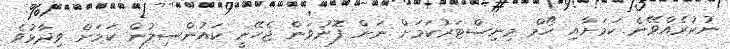
ނުކުރެއްވޭނެ ކަމަށާއި ހޯމް މިނިސްޓަރުކަމަށް ނަން ފޮނުވަން ޖެހޭނީ ކައުންސިލުން ކަމަށް ވިދާޅުވެ